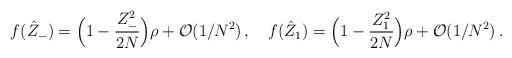
LaTeX: \begin{align*}f(\hat Z_{-}) = \Bigl( 1-{Z_{-}^{2}\over 2N} \Bigr)\rho +{\cal O}(1/N^{2})\, ,\quad f(\hat Z_{1})=\Bigl( 1-{Z_{1}^{2}\over 2N} \Bigr)\rho + {\cal O}(1/N^{2})\, .\end{align*}